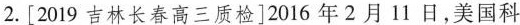
2.[2019吉林长春高三质检]2016年2月11日，美国科